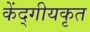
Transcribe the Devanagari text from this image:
केंद्गीयकृत